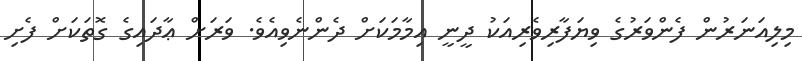
މިލިއަނަރުން ފެންވަރުގެ ވިޔަފާރިވެރިއަކު ދީނީ އިމާމަކަށް ދެންނެވިއެވެ. ވަރަށް ޢާދައިގެ ގޮތަކަށް ފެށި